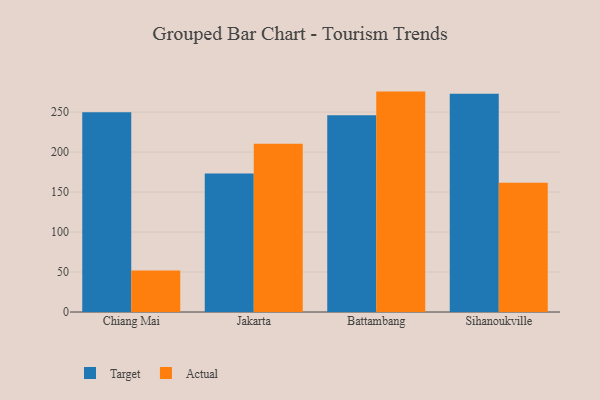
{"axis": {"x": "City", "y": "Population (Million)"}, "legend": ["Actual", "Target"], "data": [{"x": "Chiang Mai", "y": 249.7, "type": "Target"}, {"x": "Chiang Mai", "y": 51.9, "type": "Actual"}, {"x": "Jakarta", "y": 173.2, "type": "Target"}, {"x": "Jakarta", "y": 210.4, "type": "Actual"}, {"x": "Battambang", "y": 246.0, "type": "Target"}, {"x": "Battambang", "y": 275.6, "type": "Actual"}, {"x": "Sihanoukville", "y": 272.9, "type": "Target"}, {"x": "Sihanoukville", "y": 161.6, "type": "Actual"}]}